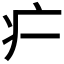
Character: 𬏚